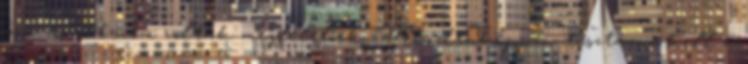
ára miatt nem voltak megfelelőek. Mindenképpen tisztázni kell a